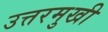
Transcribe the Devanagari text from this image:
उत्तरमुखी